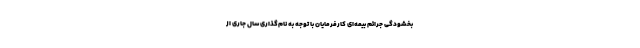
بخشودگی جرائم بیمه‌ای کارفرمایان با توجه به نام‌گذاری سال جاری از